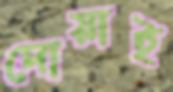
দোয়াই